Indian journal of veterinary science and animal husbandry - Volume 10,
Year: 1940
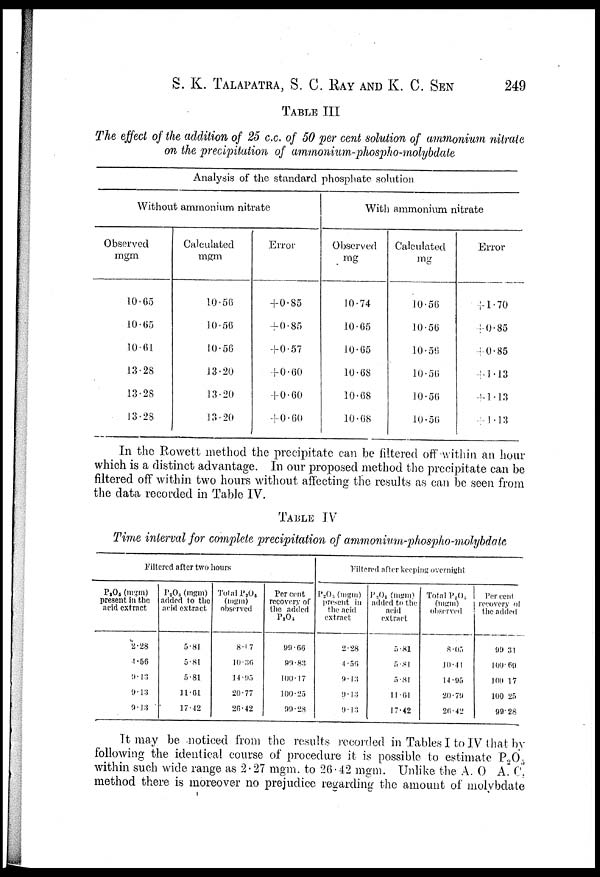
S. K. TALAPATRA, S. C. RAY AND K. C. SEN 249
TABLE III
The effect of the addition of 25 c.c. of 50 per cent solution of ammonium nitrate
on the precipitation of ammonium-phospho-molybdate
Analysis of the standard phosphate solution
Without ammonium nitrate
Observed
mgm
10.65
10.65
10.61
13.28
13.28
13.28
Calculated
mgm
10.56
10.56
10.56
13.20
13.20
13.20
Error
+0.85
+0.85
+0.57
+0.60
+0.60
+0.60
With ammonium nitrate
Observed
mg
10.74
10.65
10.65
10.68
10.68
10.68
Calculated
mg
10.56
10.56
10.56
10.56
10.56
10.56
Error
+1.70
+0.85
+0.85
+1.13
+1.13
+1.13
In the Rowett method the precipitate can be filtered off within an hour
which is a distinct advantage. In our proposed method the precipitate can be
filtered off within two hours without affecting the results as can be seen from
the data recorded in Table IV.
TABLE IV
Time interval for complete precipitation of ammonium-phospho-molybdate
Filtered after two hours
P 2 O 5 (mgm)
present in the
acid extract
2.28
4.56
9.13
9.13
9.13
P 2 O 5 (mgm)
added to the
acid extract
5.81
5.81
5.81
11.61
17.42
Total P 2 O 5
(mgm)
observed
8.47
10.36
14.95
20.77
26.42
Per cent
recovery of
the added
P 2 O 5
99.66
99.83
100.17
100.25
99.28
Filtered after keeping overnight
P 2 O 5 (mgm)
present in
the acid
extract
2.28
4.56
9.13
9.13
9.13
P 2 O 5 (mgm)
added to the
acid
extract
5.81
5.81
5.81
11.61
17.42
Total P 2 O 5
(mgm)
observed
8.05
10.41
14.95
20.79
26.42
Percent
recovery of
the added
99.31
100.69
100.17
100.25
99.28
It may be noticed from the results recorded in Tables I to IV that by
following the identical course of procedure it is possible to estimate P 2 O 5
within such wide range as 2.27 mgm. to 26.42 mgm. Unlike the A. O A. C.
method there is moreover no prejudice regarding the amount of molybdate